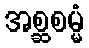
အစ္ဆစမ္မံ